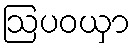
ဩပဝယှာ